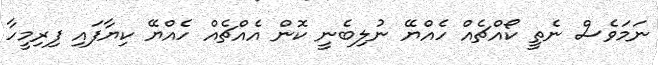
ނަމަވެސް ނެތީ ކޯއްޗެއް ހެއްޔޭ ނުލިބެނީ ކޮން އެއްޗެއް ހެއްޔޭ ކިޔާފައި ފިރިމީހާ